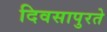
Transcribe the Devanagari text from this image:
दिवसापुरते